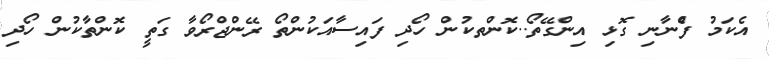
އެކަމު ފެްނާނި ގޮޅި އިންގޭތޯ..ކޮންތކުން ހޯދި ފައިސާއަކުންތޯ ރޭންޖްރޯވާ ގަތީ ކޮންތާކުން ހޯދި